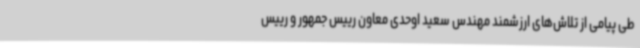
طی پیامی از تلاش‌های ارزشمند مهندس سعید اوحدی معاون رییس جمهور و رییس